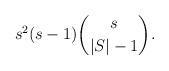
LaTeX: \begin{align*} s^2(s-1)\binom{s}{|S|-1}. \end{align*}